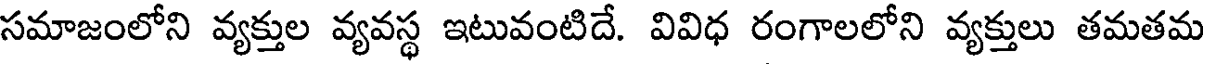
సమాజంలోని వ్యక్తుల వ్యవస్థ ఇటువంటిదే. వివిధ రంగాలలోని వ్యక్తులు తమతమ